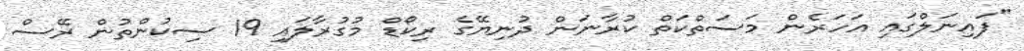
"ފައިނަލްގައި އަހަރެން މަސަތްކަތް ކުރާނަން ދުނިޔޭގެ ރިކޯޑް މުގުރާލައި 19 ސިކުންތުން ރޭސް